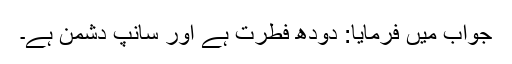
جواب میں فرمایا: دودھ فطرت ہے اور سانپ دشمن ہے۔